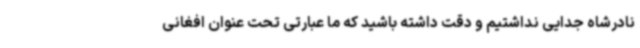
نادرشاه جدایی نداشتیم و دقت داشته باشید که ما عبارتی تحت عنوان افغانی